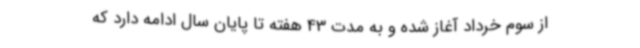
از سوم خرداد آغاز شده و به مدت 43 هفته تا پایان سال ادامه دارد که